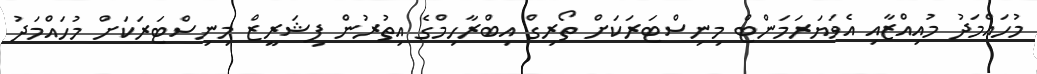
މުހައްމަދު މުއިއްޒާއި އެވަޔަރަމަންޓް މިނިސްޓަރަކަށް ތޯރިގް އިބްރާހިމްގެ އިތުރުން ފިޝަރީޒް މިނިސްޓަރަކަށް މުހައްމަދު